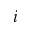
i